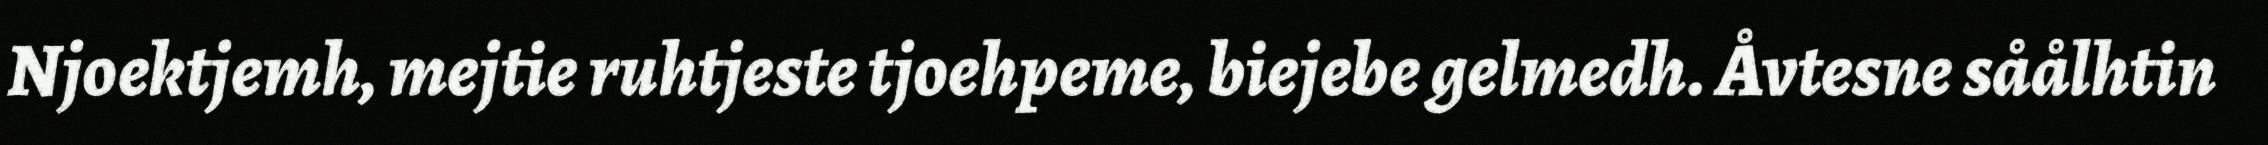
Njoektjemh, mejtie ruhtjeste tjoehpeme, biejebe gelmedh. Åvtesne såålhtin